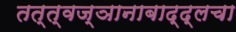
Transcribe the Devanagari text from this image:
तत्त्वज्ञानाबाद्द्लचा